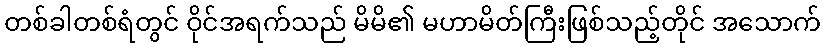
တစ်ခါတစ်ရံတွင် ဝိုင်အရက်သည် မိမိ၏ မဟာမိတ်ကြီးဖြစ်သည့်တိုင် အသောက်